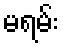
မရမ်း